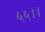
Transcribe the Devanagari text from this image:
५५।।